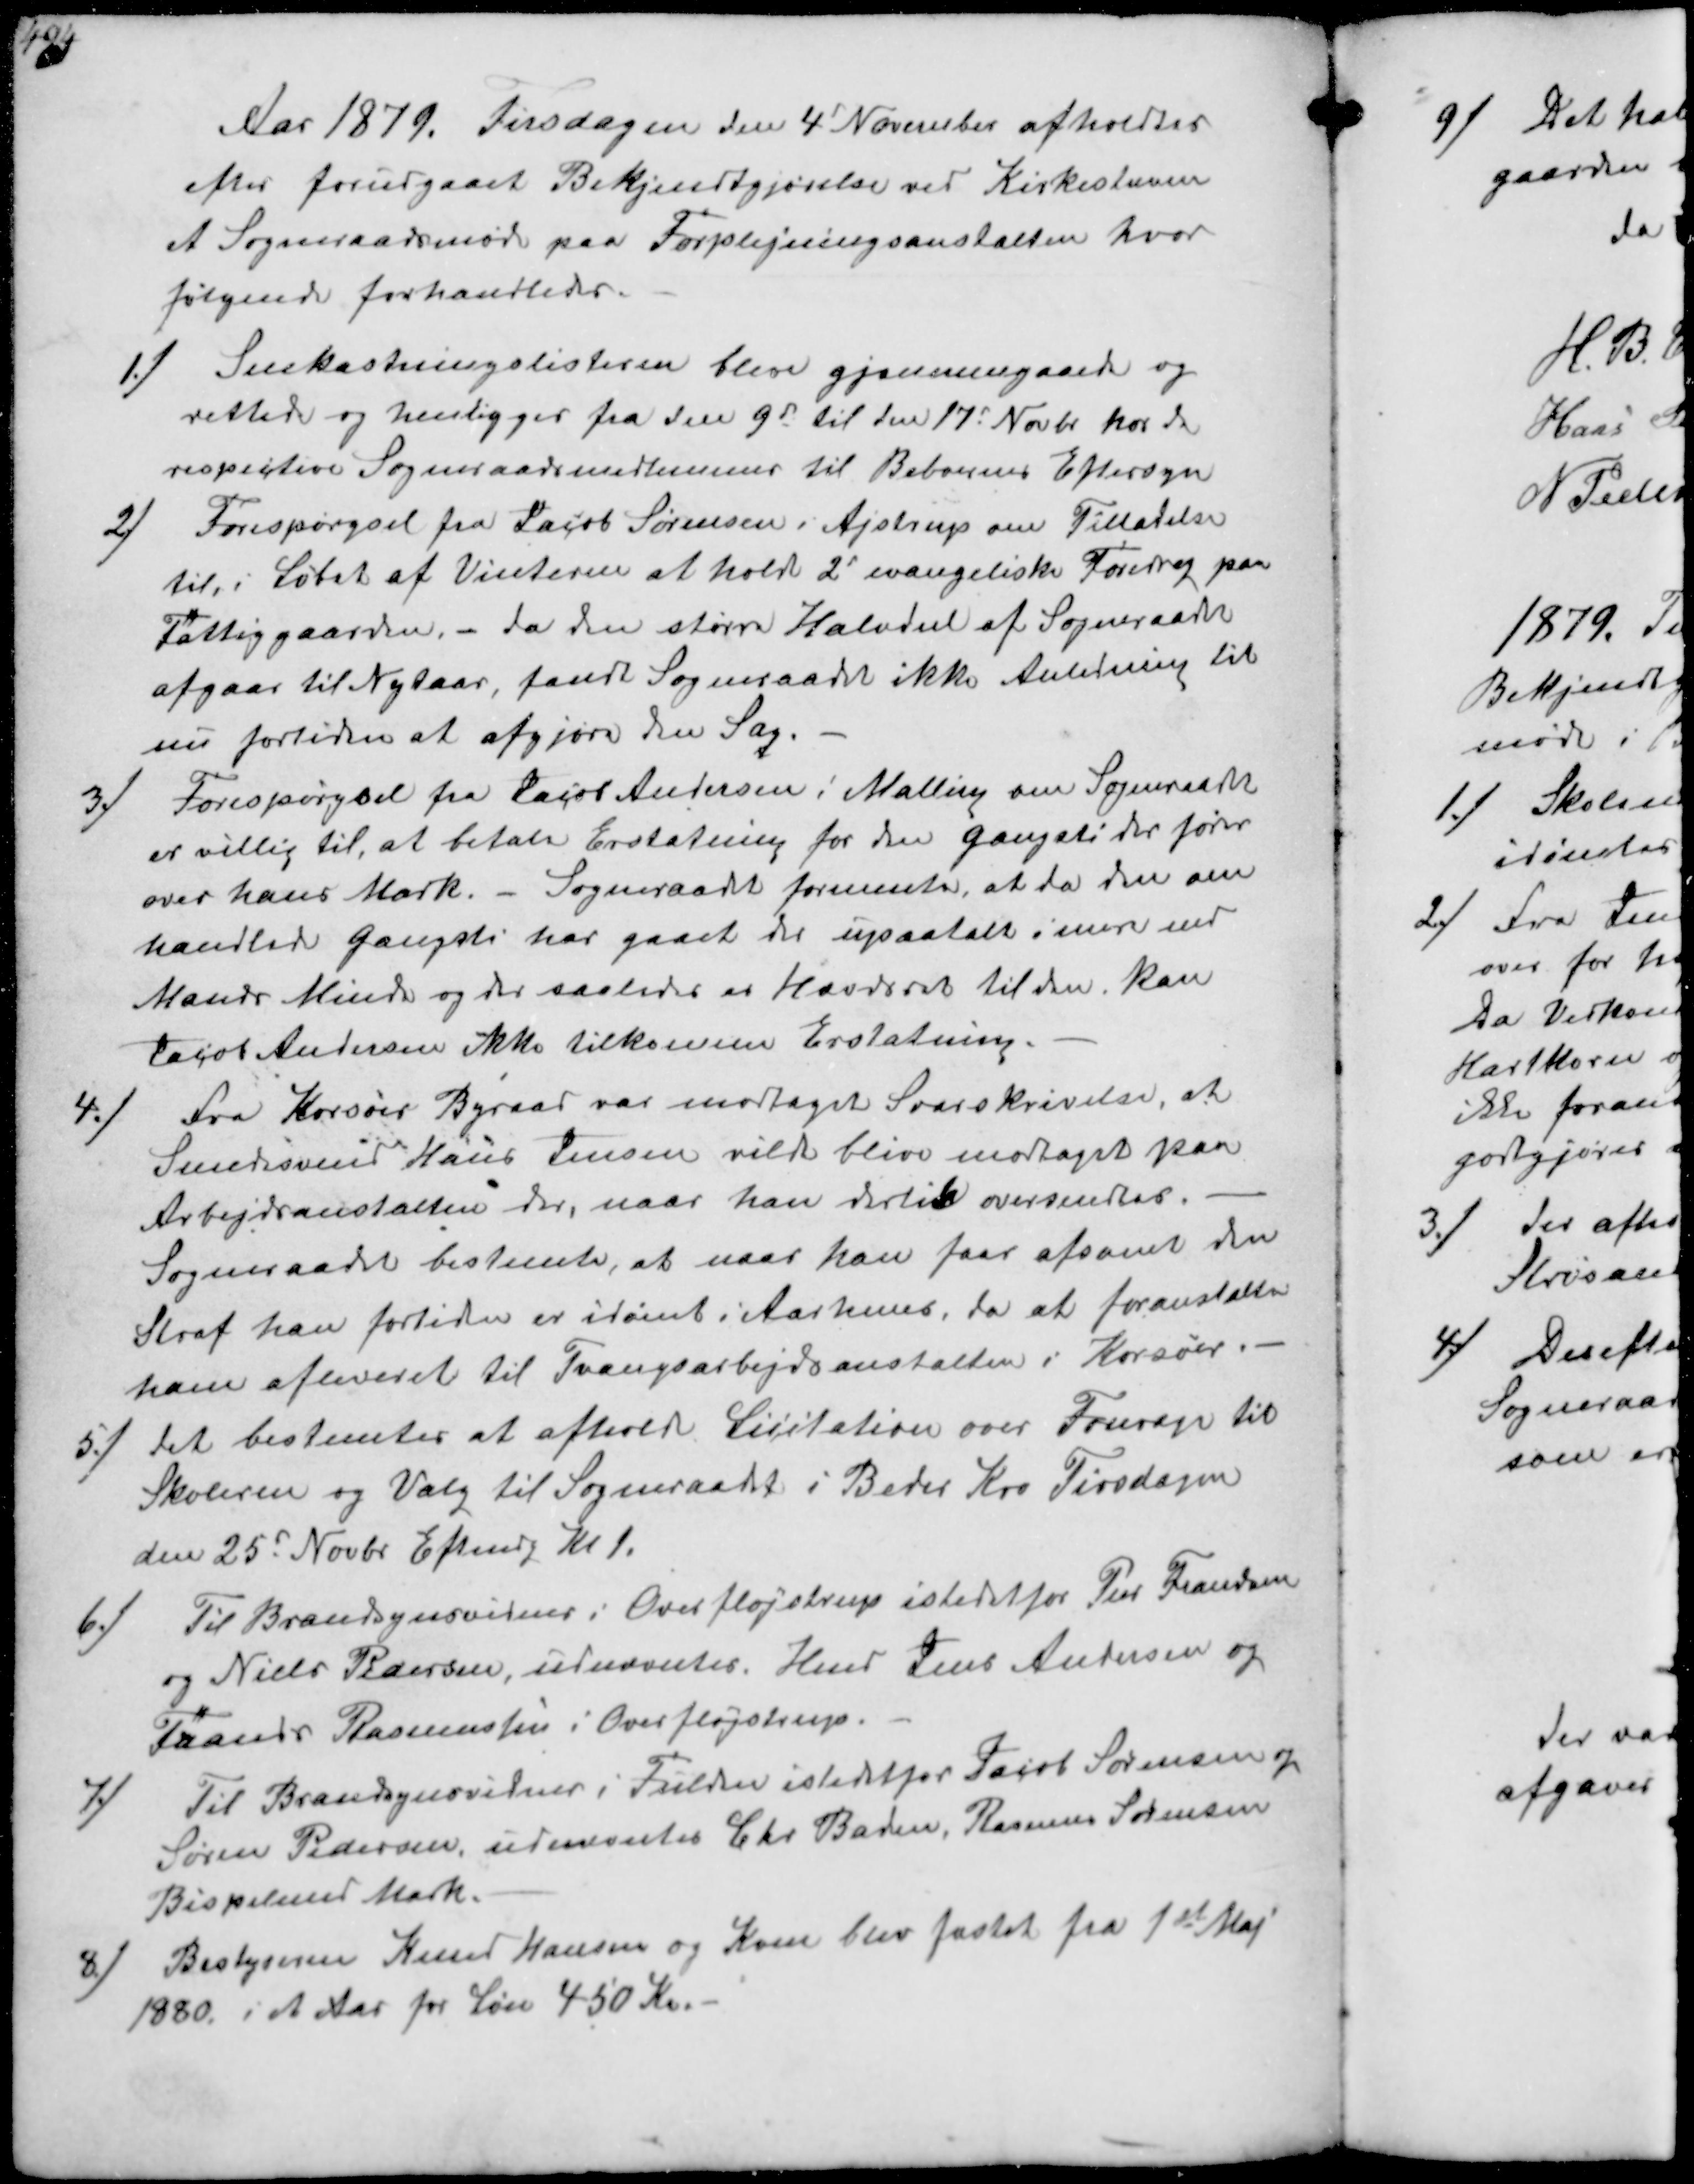
Transskription:
Aar 1879. Tirsdagen den 4' November afholdtes
efter forudgaaet Bekjendtgørelse ved Kirkestævne
et Sogneraadsmøde paa Forplejningsanstalten hvor
følgende forhandledes.

1/
Snekastningslisterne blev gjennemgaaede og
rettede og henligger fra den 9d til den 17d Novbr hos de
respektive Sogneraadsmedlemmer til Beboernes Eftersyn

2/
Forespørgsel fra Jacob Sørensen i Ajstrup om Tilladelse
til i Løbet af Vinteren at holde 2 evangeliske Foredrag paa
Fattiggåarden, - da den større Halvdel af Sogneraadet
afgaar til Nytaar, fandt Sogneraadet ikke Anledning til
nu fortiden at afgjøre den Sag.

3/
Forespørgsel fra Jacob Andersen i Malling om Sogneraadet
er villig til, at betale Erstatning for den gangsti der fører
over hans Mark.- Sogneraadet formente, at da den om-
handlede Gangsti har gaaet der upaatalt i mere end
Mands Minde og der saalede er Hævdsret til den kan
Jacob Andersen ikke tilkomme Erstatning.

4/
Fra Korsør Byraad var modtaget Svarskrivelse, at
Smedsvend Hans Jensen vilde blive modtaget paa
Arbejdsanstalten der, naar han dertil oversendtes.
Sogneraadet bestemte, at naar han faar afsonet den
Straf han fortiden er idømt i Aarhuus, da at foranstalte
ham afleveret til Tvangsarbejdsanstalten i Korsør.

5/
det bestemtes at afholde Licitation over Fourage til
Skolerne og Valg til Sogneraadet i Beder Kro Tirsdagen
den 25d Novbr Eftmdg Kl 1.

6/
Til Brandsynsvidner i Overfløjstrup istedet for Peer Frandsen
og Niels Pedersen, udnævntes. Hmd Jens Andersen og
Frands Rasmussen i Overfløjstrup.

7/
Til Brandsynsvidner i Fulden istedetfor Jacob Sørensen og
Søren Pedersen,udnævntes Chr Baden, Rasmus Sørensen
Bispelund Mark.

8/
Bestyreren Knud Hansen og Kone blev fæstet fra 1st Maj
1880 i et Aar for Løn 450 Kr.